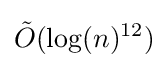
{\tilde {O}}(\log(n)^{12})